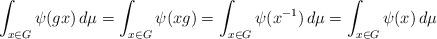
LaTeX: \begin{align*} \int_{x\in G}\psi(gx)\,d\mu = \int_{x\in G}\psi(xg)=\int_{x\in G} \psi(x^{-1})\,d\mu = \int_{x\in G}\psi (x) \,d\mu \end{align*}